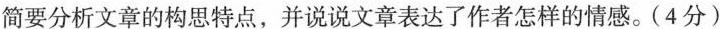
简要分析文章的构思特点，并说说文章表达了作者怎样的情感。(4分)